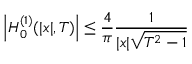
\left\lvert H _ { 0 } ^ { ( 1 ) } ( \lvert x \rvert , T ) \right\rvert \le \frac { 4 } { \pi } \frac { 1 } { \lvert x \rvert \sqrt { T ^ { 2 } - 1 } }